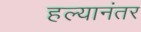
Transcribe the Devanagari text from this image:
हल्यानंतर